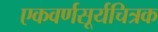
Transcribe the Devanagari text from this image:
एकवर्णसूर्यचित्रक